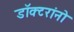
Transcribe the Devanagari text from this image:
डॉक्‍टरांनो